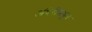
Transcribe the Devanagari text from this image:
अंधेरीमधून